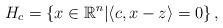
LaTeX: \begin{align*}H_c=\left\{x\in\mathbb{R}^n \middle| \left\langle c,x-z\right\rangle = 0 \right\},\end{align*}